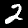
Label: 2